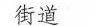
街道